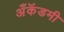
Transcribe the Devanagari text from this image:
अँकॅडमी